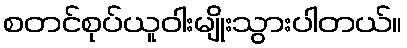
စတင်စုပ်ယူဝါးမျိုးသွားပါတယ်။